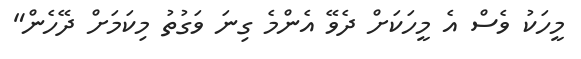
މީހަކު ވެސް އެ މީހަކަށް ދެވޭ އެންމެ ގިނަ ވަގުތު މިކަމަށް ދޭހެން"